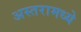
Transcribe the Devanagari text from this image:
अस्तरामध्ये